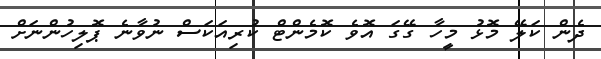
ދެން ކަލޭ މޮޅު މީހާ ގޭގަ އޮވެ ކޮމެންޓް ކުރިއަކަސް ނުވާނެ ޕޮލިހުންނަށް